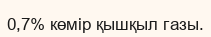
0,7% көмір қышқыл газы.